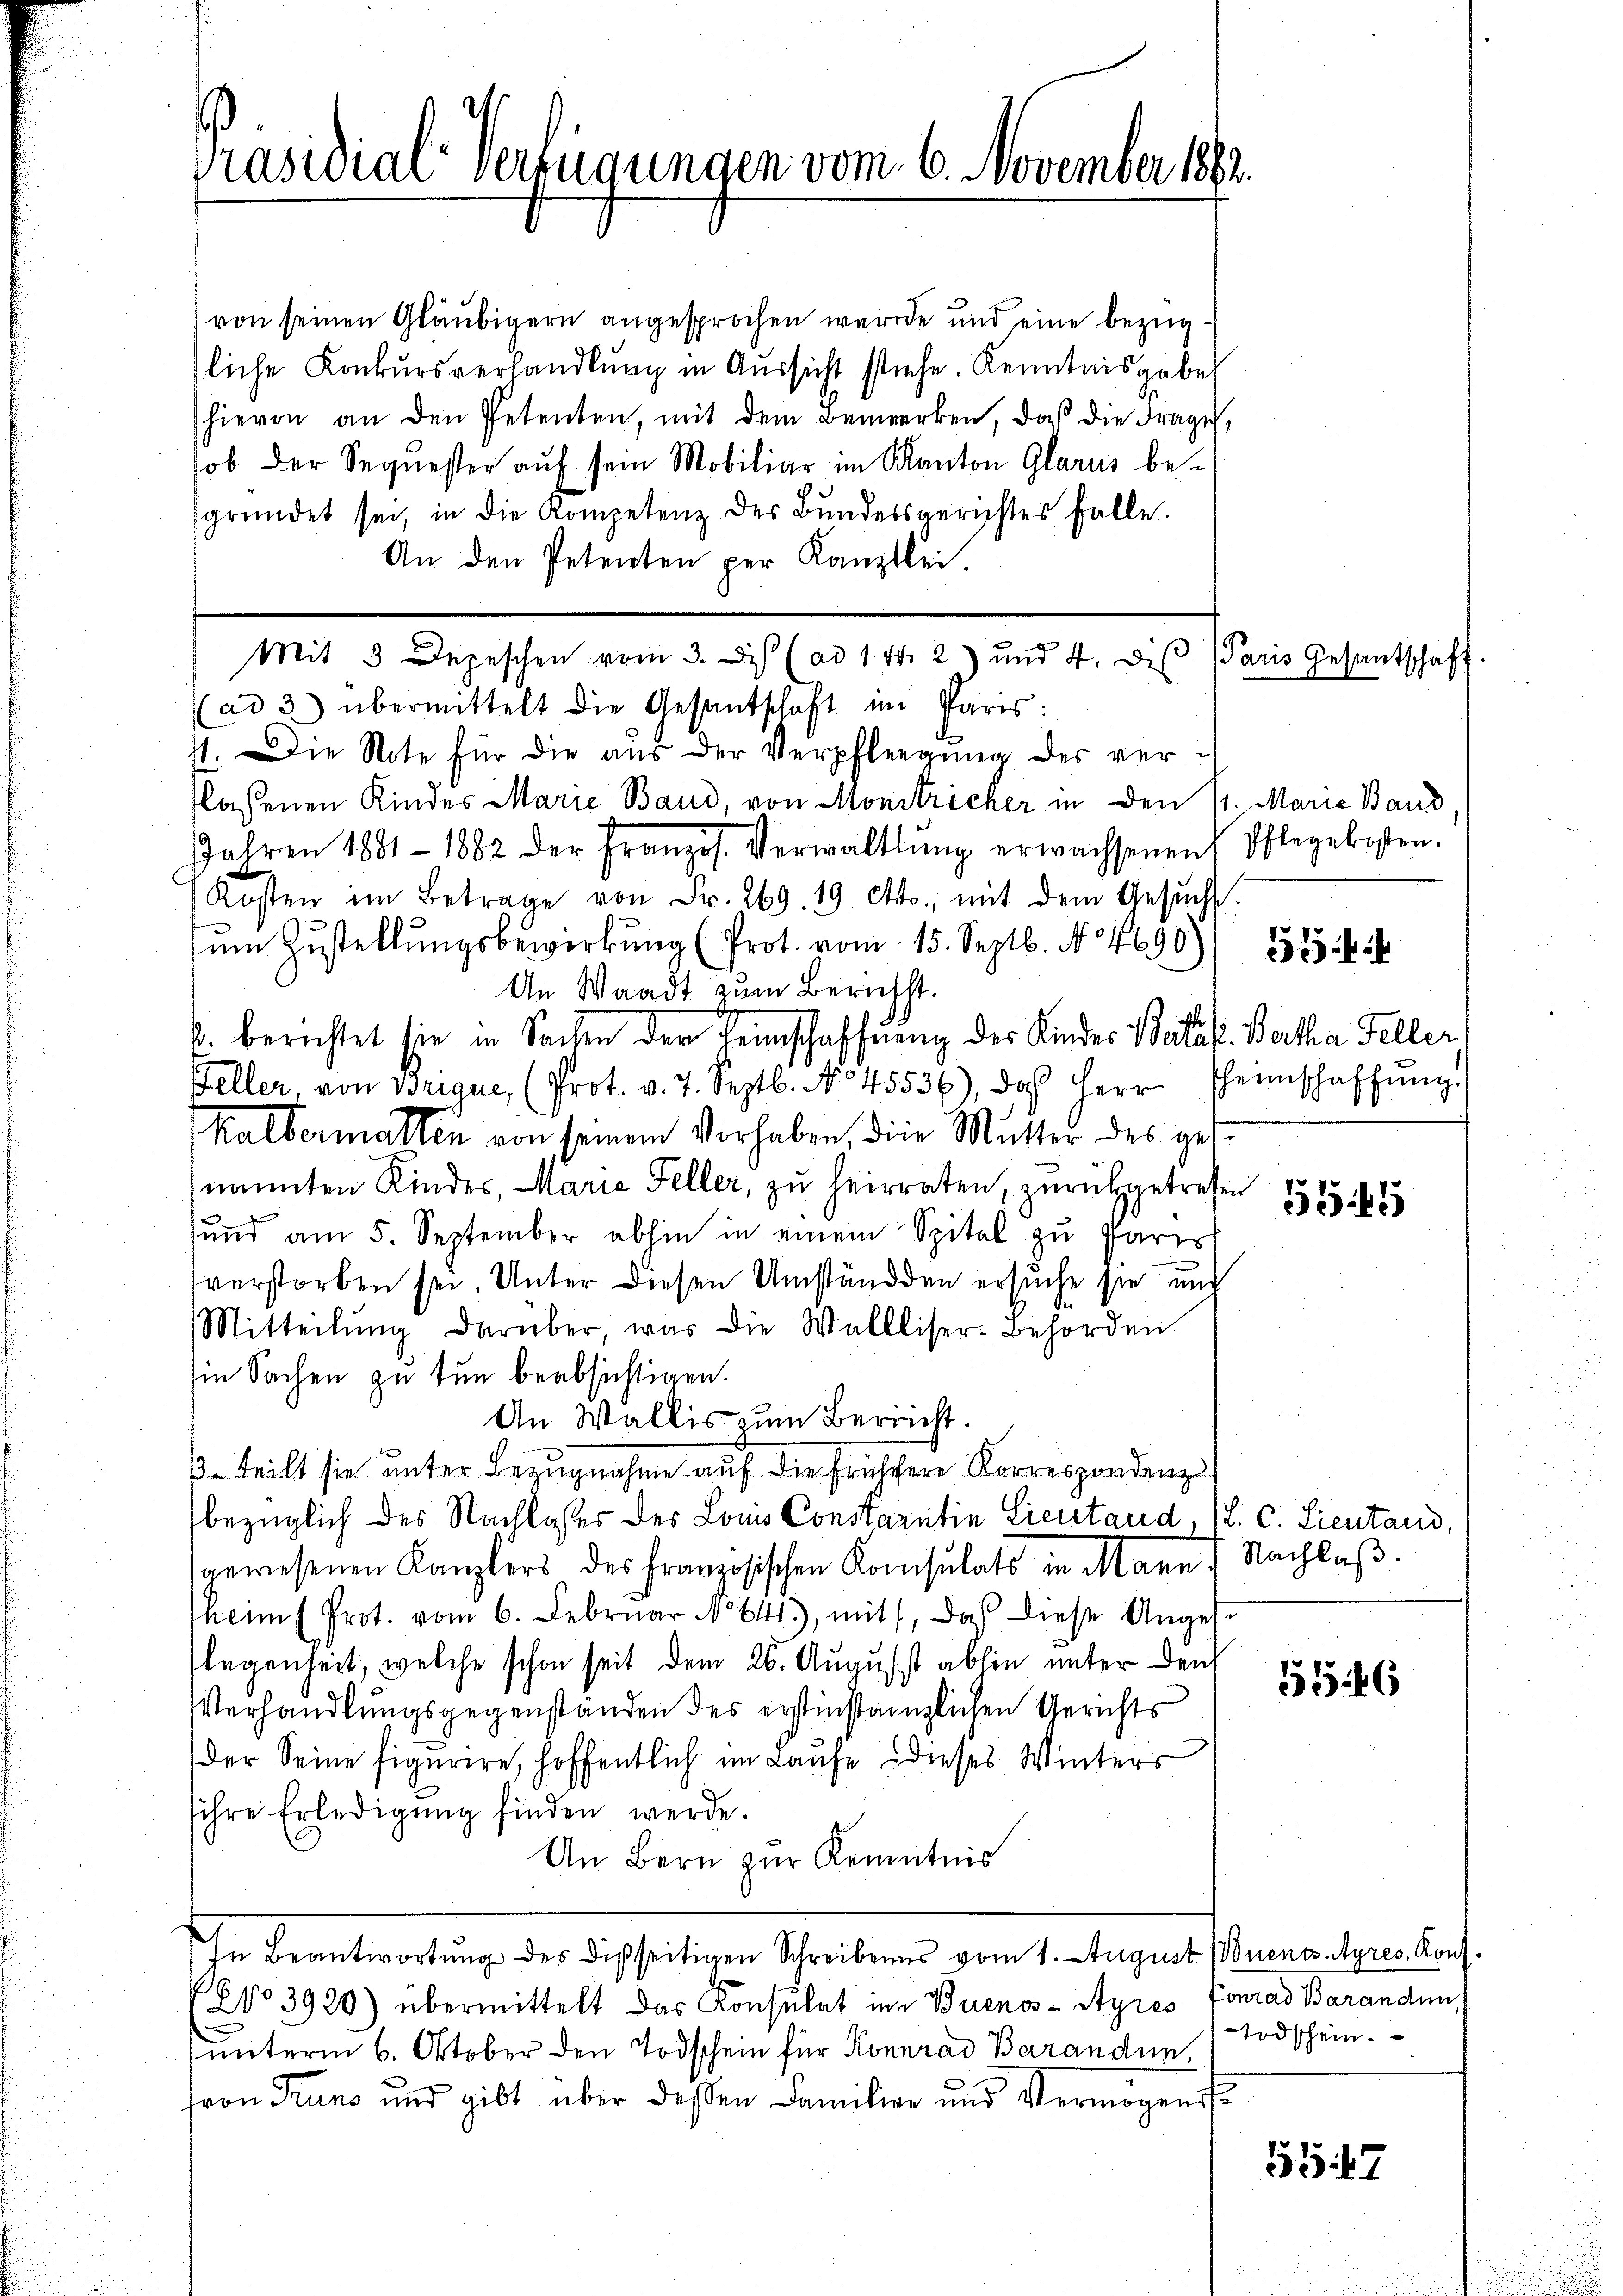
Präsidial verzugungen vom 6. November 1882

von seinen Gläubigern angesprochen werde und eine bezügsliche Konkursverhandlung in Aussicht stehe. Kenntnisgabe
hievon an den Petenten, mit dem Bemerken, daß die Frage,
ob der Sequester auf sein Mobiliar im Kanton Glarus besgründet sei, in die Kompetenz des Bŭndelsgerichtes falle.
An den Petenten per Kanzlei.

.

ad 3) übermittelt die Gesantschaft im Paris:
11. Die Note für die aus der Verpflegŭng des verflassenen Kindes Marie Band, von Monitricher in den 11. Marie Baud
Jahren 1881 - 1882 der Französ. Verwaltŭng erwachsenen Pflegekosten.
Kosten im Betrage von Fr. 269. 19 Otto., mit dem Gesŭcht
ŭm Zŭstellŭngsbewirkung (Prot. vom 15. Septb. N. 4690)
An Waadt zum Berichst.
2. berichtet sie in Sachen der Leinschaffnung des Kinder Bataf. Bertha Feller
Feller, von Brique, (Prot. v. 7. Septb. No 45536), das Herr Theinschaffŭng
Kalbermalen von seinem Vorhaben, die Mutter des gese
nannten Kinder, Maria Feller, zu heirraten, zurückgetrefe
sund am 5. September abhin in einem Spital zu Paris
verstorben sei. Unter diesen Umständen ersuche sie und
Mitteilŭng darüber, was die Wallliser-Behörden
in Sachen zu tun beabsichtigen.
An Wallis zum Bericht.
/3. teilt sie unter Bezugnahme auf die frühere Korrespondenz
bezüglich des Nachlasser der Louis Constantin Lientand, 1. c. Lieutand,
gewesenen Kanzlers des französischen Konsulats in Mann.
heim (Prot. vom 6. Februar No 641), mit, daß diese Anges
legenheit, welche schon seit dem 26. August abhin unter den
Verhandlungsgegenständen des erstinstanzlichen Gerichts
Der Seine figurire, hoffentlich im Laufe dieses Winters
sihre Erledigung finden werde.
An Bern zur Kenntnis
In Beantwortŭng des Disseitigen Schreibens vom 1. August Buenos-Ayres, Kont
6po 3920) übermittelt das Konsulat in Buenos-Ayres Conrad Baranden,
unterm 6. Oktober den Todschein für Konrad Baranden,
sron Truno und gibt über deßen Familien und Vermögens¬

Mit 3 Depeschen vom 3. des (ad 1 Fr. 2) und 4. des Paris Gesantschaft

e

3

55545

Nachlaß.

1546

5547

Todschein.